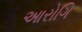
આરોગિ